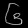
Digit: ၆